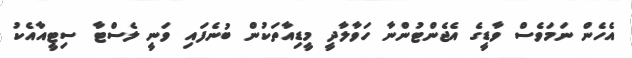
އެހެން ނަމަވެސް ވާޑީގެ އެޖެންޓުންނާ ހަވާާލާދީ މީޑިއާތަކުން ބުނެފައި ވަނީ ލެސްޓާ ސިޓީއާއެކު